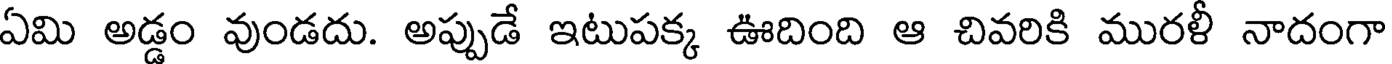
ఏమి అడ్డం వుండదు. అప్పుడే ఇటుపక్క ఊదింది ఆ చివరికి మురళీ నాదంగా